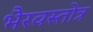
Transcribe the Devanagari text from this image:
भैरवस्तोत्र